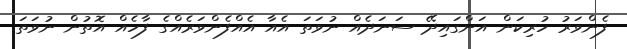
ފެންވަރު ހުރިކަން އަންގައިދޭ ސަނަދެއް ނުވަތަ އެއާ އެއްފެންވަރެއްގެ ފާހެއް އޮތުން ނުވަތަ